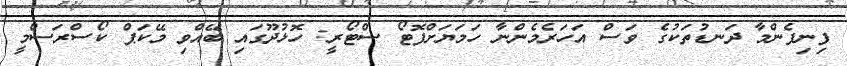
ފިނިފެންމާ ދަނޑުތަކުގެ ވަސް އަހަރެމެންނާ ހަމަޔަށްފޮޓޯ ސްޓޯރީ: ހޮޅުދޫގައި ބޭއްވި މޭކަޕް ކޯސްރަސްމީ